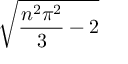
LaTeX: \sqrt { { \frac { n ^ { 2 } \pi ^ { 2 } } { 3 } } - 2 }